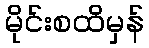
မိုင်းစထိမှန်